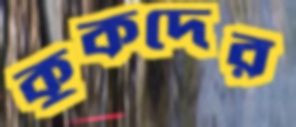
কুকদের